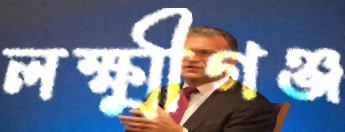
লক্ষ্মীগঞ্জ